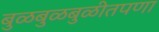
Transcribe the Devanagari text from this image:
बुळबुळबुळीतपणा